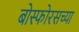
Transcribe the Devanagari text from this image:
बोस्फोरसच्या